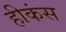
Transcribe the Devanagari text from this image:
हीकंस